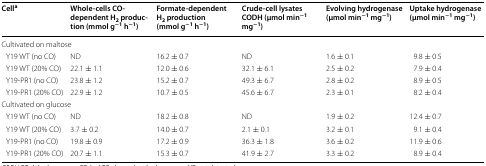
| Cella | Whole-cells CO-dependent H2 production (mmol g−1 h−1) | Formate-dependent H2 production (mmol g−1 h−1) | Crude-cell lysates CODH (μmol min−1 mg−1) | Evolving hydrogenase (μmol min−1 mg−1) | Uptake hydrogenase (μmol min−1 mg−1) |
 | --- | --- | --- | --- | --- | --- |
 | <COLSPAN=6> Cultivated on maltose |
 | Y19 WT (no CO) | ND | 16.2 ± 0.7 | ND | 1.6 ± 0.1 | 9.8 ± 0.5 |
 | Y19 WT (20% CO) | 22.1 ± 1.1 | 12.0 ± 0.6 | 32.1 ± 6.1 | 2.5 ± 0.2 | 7.9 ± 0.4 |
 | Y19-PR1 (no CO) | 23.8 ± 1.2 | 15.2 ± 0.7 | 49.3 ± 6.7 | 2.8 ± 0.2 | 8.9 ± 0.5 |
 | Y19-PR1 (20% CO) | 22.9 ± 1.2 | 10.7 ± 0.5 | 45.6 ± 6.7 | 2.3 ± 0.1 | 8.2 ± 0.4 |
 | <COLSPAN=6> Cultivated on glucose |
 | Y19 WT (no CO) | ND | 18.2 ± 0.8 | ND | 1.9 ± 0.2 | 12.4 ± 0.7 |
 | Y19 WT (20% CO) | 3.7 ± 0.2 | 14.0 ± 0.7 | 2.1 ± 0.1 | 3.2 ± 0.1 | 9.1 ± 0.4 |
 | Y19-PR1 (no CO) | 19.8 ± 0.9 | 17.2 ± 0.9 | 36.3 ± 1.8 | 3.6 ± 0.2 | 11.9 ± 0.6 |
 | Y19-PR1 (20% CO) | 20.7 ± 1.1 | 15.3 ± 0.7 | 41.9 ± 2.7 | 3.3 ± 0.2 | 8.9 ± 0.4 |